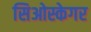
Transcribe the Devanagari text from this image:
सिओस्केगर